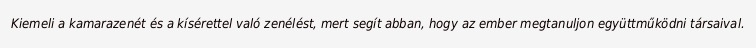
Kiemeli a kamarazenét és a kísérettel való zenélést, mert segít abban, hogy az ember megtanuljon együttműködni társaival.